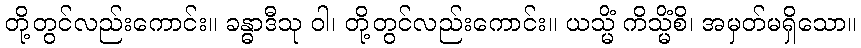
တို့တွင်လည်းကောင်း။ ခန္ဓာဒီသု ဝါ၊ တို့တွင်လည်းကောင်း။ ယသ္မိံ ကိသ္မိံစိ၊ အမှတ်မရှိသော။